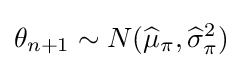
\theta _{n+1}\sim N({\widehat {\mu }}_{\pi },{\widehat {\sigma }}_{\pi }^{2})